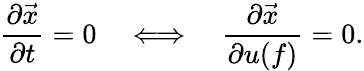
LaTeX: \frac{\partial\vec{x}}{\partial t}=0\quad\Longleftrightarrow\quad\frac{\partial\vec{x}}{\partial u(f)}=0.